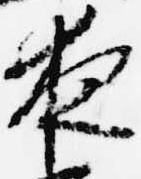
夜